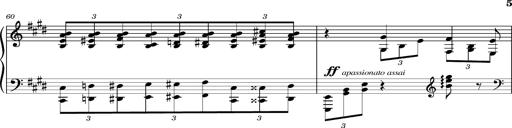
Title: PrÃ©ludes et Harmonies poÃ©tiques et religieuses
Composer: Franz Liszt